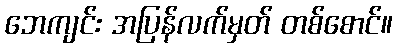
ဘေကျင်း အပြန်လက်မှတ် တစ်စောင်။